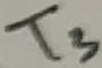
Text: T3